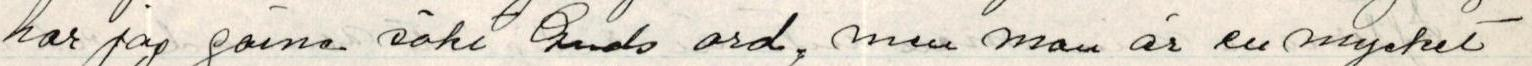
har jag gärna sökt Guds ord, men man är en mycket